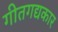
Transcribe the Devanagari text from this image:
गीतगद्यकार